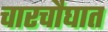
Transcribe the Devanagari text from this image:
चारचौघात